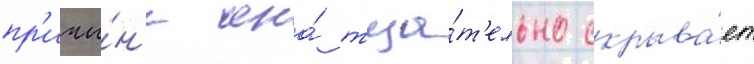
пр'ичи́н'е она́ тща́т'ельно скрыва́ет